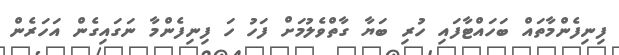
ފިނިފެންމާތައް ބަހައްޓާފައި ހުރި ބަޔާ ގާތްވެލުމަށް ފަހު ހަ ފިނިފެންމާ ނަގައިގެން އަހަރެން